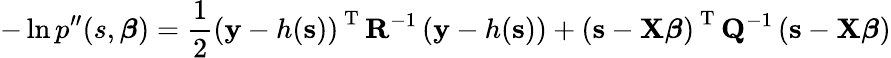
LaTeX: -\ln{p^{\prime\prime}(s,\boldsymbol{\beta})}=\frac{1}{2}\left(\mathbf{y}-h(\mathbf{s})\right)^{\mathrm{~T~}}\mathbf{R}^{-1}\left(\mathbf{y}-h(\mathbf{s})\right)+\left(\mathbf{s}-\mathbf{X}\boldsymbol{\beta}\right)^{\mathrm{~T~}}\mathbf{Q}^{-1}\left(\mathbf{s}-\mathbf{X}\boldsymbol{\beta}\right)